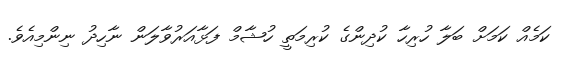
ކަމެއް ކަމަށް ބަލާ ހުރިހާ ކުދިންގެ ކުރިމަތީ ހުޝާމް ފަޅާއަރުވާލަން ނާހިދު ނިންމިއެވެ.